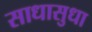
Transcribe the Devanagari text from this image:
साधासुधा